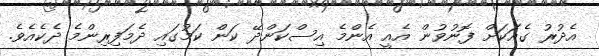
އެދުރު ގެއަކަށް ފޮނުވުން އެއީ އެންމެ އިސްކަންދޭ ކަން ކަމުގައި ދެމަފިރިންމެ ދެކެއެވެ.